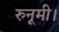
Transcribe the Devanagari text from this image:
रुनूमी।